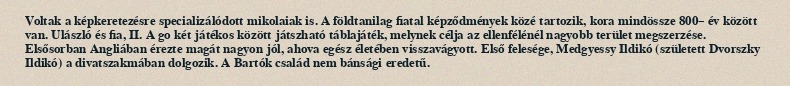
Voltak a képkeretezésre specializálódott mikolaiak is. A földtanilag fiatal képződmények közé tartozik, kora mindössze 800– év között van. Ulászló és fia, II. A go két játékos között játszható táblajáték, melynek célja az ellenfélénél nagyobb terület megszerzése. Elsősorban Angliában érezte magát nagyon jól, ahova egész életében visszavágyott. Első felesége, Medgyessy Ildikó (született Dvorszky Ildikó) a divatszakmában dolgozik. A Bartók család nem bánsági eredetű.